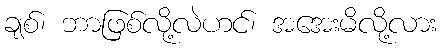
ချစ်၊ ဘာဖြစ်လို့လဲဟင်၊ အအေးမိလို့လား